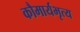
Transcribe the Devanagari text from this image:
कौमार्यभृत्य